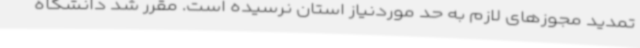
تمدید مجوزهای لازم به حد موردنیاز استان نرسیده است. مقرر شد دانشگاه